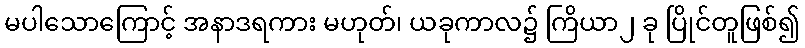
မပါသောကြောင့် အနာဒရကား မဟုတ်၊ ယခုကာလ၌ ကြိယာ၂ ခု ပြိုင်တူဖြစ်၍